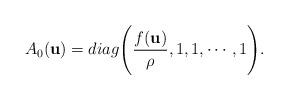
LaTeX: \begin{align*}A_{0}(\textbf{u})=diag\Bigg(\frac{f(\textbf{u})}{\rho}, 1, 1, \cdots, 1\Bigg).\end{align*}